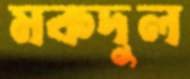
মকদুল